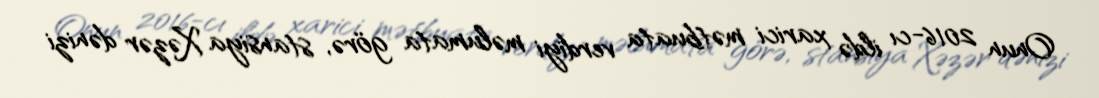
Onun 2016-cı ildə xarici mətbuata verdiyi məlumata görə, stansiya Xəzər dənizi